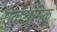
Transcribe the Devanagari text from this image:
एकश्रमिक